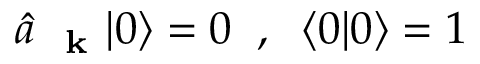
\hat { a } _ { \mathrm { ~ \bf ~ k ~ } } | 0 \rangle = 0 \; \; , \; \; \langle 0 | 0 \rangle = 1